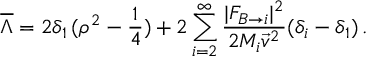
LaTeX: \overline { { { \Lambda } } } = 2 \delta _ { 1 } \, ( \rho ^ { 2 } - \frac { 1 } { 4 } ) + 2 \sum _ { i = 2 } ^ { \infty } \frac { | F _ { B \rightarrow i } | ^ { 2 } } { 2 M _ { i } { \vec { v } } ^ { 2 } } ( \delta _ { i } - \delta _ { 1 } ) \, .